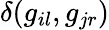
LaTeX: \delta(g_{il},g_{jr})